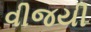
વીજયી